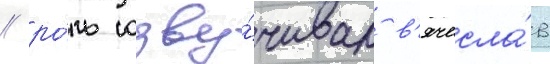
/ ро́ль озву́чивал в'ячесла́в